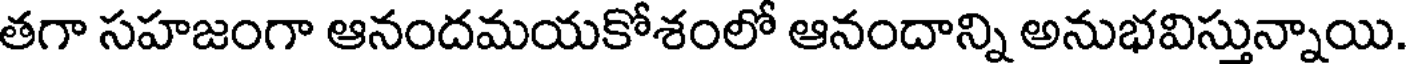
తగా సహజంగా ఆనందమయకోశంలో ఆనందాన్ని అనుభవిస్తున్నాయి.